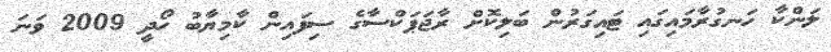
ލަންކާ ހަނގުރާމައިގައި ޓައިގަރުން ބަލިކޮށް ރާޖަޕަކްސާގެ ސިފައިން ކާމިޔާބު ހޯދީ 2009 ވަނަ